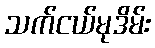
သက်ငယ်မုဒိမ်း